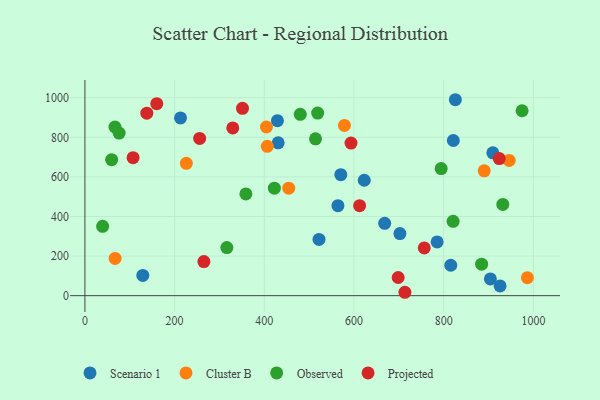
{"axis": {"x": "Engine Size", "y": "Rating"}, "legend": ["Cluster B", "Observed", "Projected", "Scenario 1"], "data": [{"x": "668.4", "y": 365.4, "type": "Scenario 1"}, {"x": "564.2", "y": 454.7, "type": "Scenario 1"}, {"x": "622.9", "y": 583.1, "type": "Scenario 1"}, {"x": "429.3", "y": 884.1, "type": "Scenario 1"}, {"x": "570.6", "y": 611.1, "type": "Scenario 1"}, {"x": "925.7", "y": 49.2, "type": "Scenario 1"}, {"x": "129.1", "y": 102.2, "type": "Scenario 1"}, {"x": "821.5", "y": 783.9, "type": "Scenario 1"}, {"x": "702.4", "y": 313.4, "type": "Scenario 1"}, {"x": "522.0", "y": 284.2, "type": "Scenario 1"}, {"x": "815.8", "y": 153.7, "type": "Scenario 1"}, {"x": "213.2", "y": 898.0, "type": "Scenario 1"}, {"x": "826.0", "y": 989.8, "type": "Scenario 1"}, {"x": "430.9", "y": 772.3, "type": "Scenario 1"}, {"x": "909.6", "y": 721.7, "type": "Scenario 1"}, {"x": "785.4", "y": 271.2, "type": "Scenario 1"}, {"x": "904.1", "y": 84.5, "type": "Scenario 1"}, {"x": "986.6", "y": 90.7, "type": "Cluster B"}, {"x": "890.3", "y": 630.5, "type": "Cluster B"}, {"x": "406.7", "y": 754.3, "type": "Cluster B"}, {"x": "404.8", "y": 851.9, "type": "Cluster B"}, {"x": "578.7", "y": 859.8, "type": "Cluster B"}, {"x": "946.1", "y": 683.2, "type": "Cluster B"}, {"x": "67.3", "y": 187.9, "type": "Cluster B"}, {"x": "226.2", "y": 668.7, "type": "Cluster B"}, {"x": "454.5", "y": 543.0, "type": "Cluster B"}, {"x": "794.4", "y": 641.9, "type": "Observed"}, {"x": "39.5", "y": 350.2, "type": "Observed"}, {"x": "76.3", "y": 821.4, "type": "Observed"}, {"x": "931.8", "y": 460.7, "type": "Observed"}, {"x": "358.9", "y": 514.1, "type": "Observed"}, {"x": "514.2", "y": 792.4, "type": "Observed"}, {"x": "67.0", "y": 852.0, "type": "Observed"}, {"x": "974.8", "y": 934.2, "type": "Observed"}, {"x": "422.5", "y": 543.1, "type": "Observed"}, {"x": "519.0", "y": 922.5, "type": "Observed"}, {"x": "884.6", "y": 159.0, "type": "Observed"}, {"x": "316.5", "y": 243.1, "type": "Observed"}, {"x": "59.6", "y": 687.2, "type": "Observed"}, {"x": "480.2", "y": 916.1, "type": "Observed"}, {"x": "821.0", "y": 375.6, "type": "Observed"}, {"x": "160.2", "y": 969.7, "type": "Projected"}, {"x": "265.3", "y": 172.2, "type": "Projected"}, {"x": "698.5", "y": 91.7, "type": "Projected"}, {"x": "923.9", "y": 692.7, "type": "Projected"}, {"x": "138.0", "y": 921.7, "type": "Projected"}, {"x": "255.9", "y": 794.3, "type": "Projected"}, {"x": "713.5", "y": 17.1, "type": "Projected"}, {"x": "329.7", "y": 847.1, "type": "Projected"}, {"x": "593.4", "y": 770.8, "type": "Projected"}, {"x": "756.7", "y": 241.1, "type": "Projected"}, {"x": "107.4", "y": 697.0, "type": "Projected"}, {"x": "351.4", "y": 946.6, "type": "Projected"}, {"x": "612.5", "y": 454.6, "type": "Projected"}]}